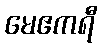
မေဧကရီ